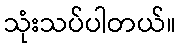
သုံးသပ်ပါတယ်။